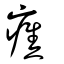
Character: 癄